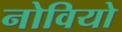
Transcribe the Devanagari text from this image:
नोवियो